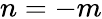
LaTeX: n=-m